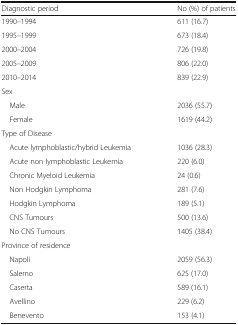
<table><thead><tr><td><b>Diagnostic period</b></td><td><b>No (%) of patients</b></td></tr></thead><tbody><tr><td>1990–1994</td><td>611 (16.7)</td></tr><tr><td>1995–1999</td><td>673 (18.4)</td></tr><tr><td>2000–2004</td><td>726 (19.8)</td></tr><tr><td>2005–2009</td><td>806 (22.0)</td></tr><tr><td>2010–2014</td><td>839 (22.9)</td></tr><tr><td colspan="2">Sex</td></tr><tr><td> Male</td><td>2036 (55.7)</td></tr><tr><td> Female</td><td>1619 (44.2)</td></tr><tr><td colspan="2">Type of Disease</td></tr><tr><td> Acute lymphoblastic/hybrid Leukemia</td><td>1036 (28.3)</td></tr><tr><td> Acute non lymphoblastic Leukemia</td><td>220 (6.0)</td></tr><tr><td> Chronic Myeloid Leukemia</td><td>24 (0.6)</td></tr><tr><td> Non Hodgkin Lymphoma</td><td>281 (7.6)</td></tr><tr><td> Hodgkin Lymphoma</td><td>189 (5.1)</td></tr><tr><td> CNS Tumours</td><td>500 (13.6)</td></tr><tr><td> No CNS Tumours</td><td>1405 (38.4)</td></tr><tr><td colspan="2">Province of residence</td></tr><tr><td> Napoli</td><td>2059 (56.3)</td></tr><tr><td> Salerno</td><td>625 (17.0)</td></tr><tr><td> Caserta</td><td>589 (16.1)</td></tr><tr><td> Avellino</td><td>229 (6.2)</td></tr><tr><td> Benevento</td><td>153 (4.1)</td></tr></tbody></table>